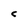
Character: c